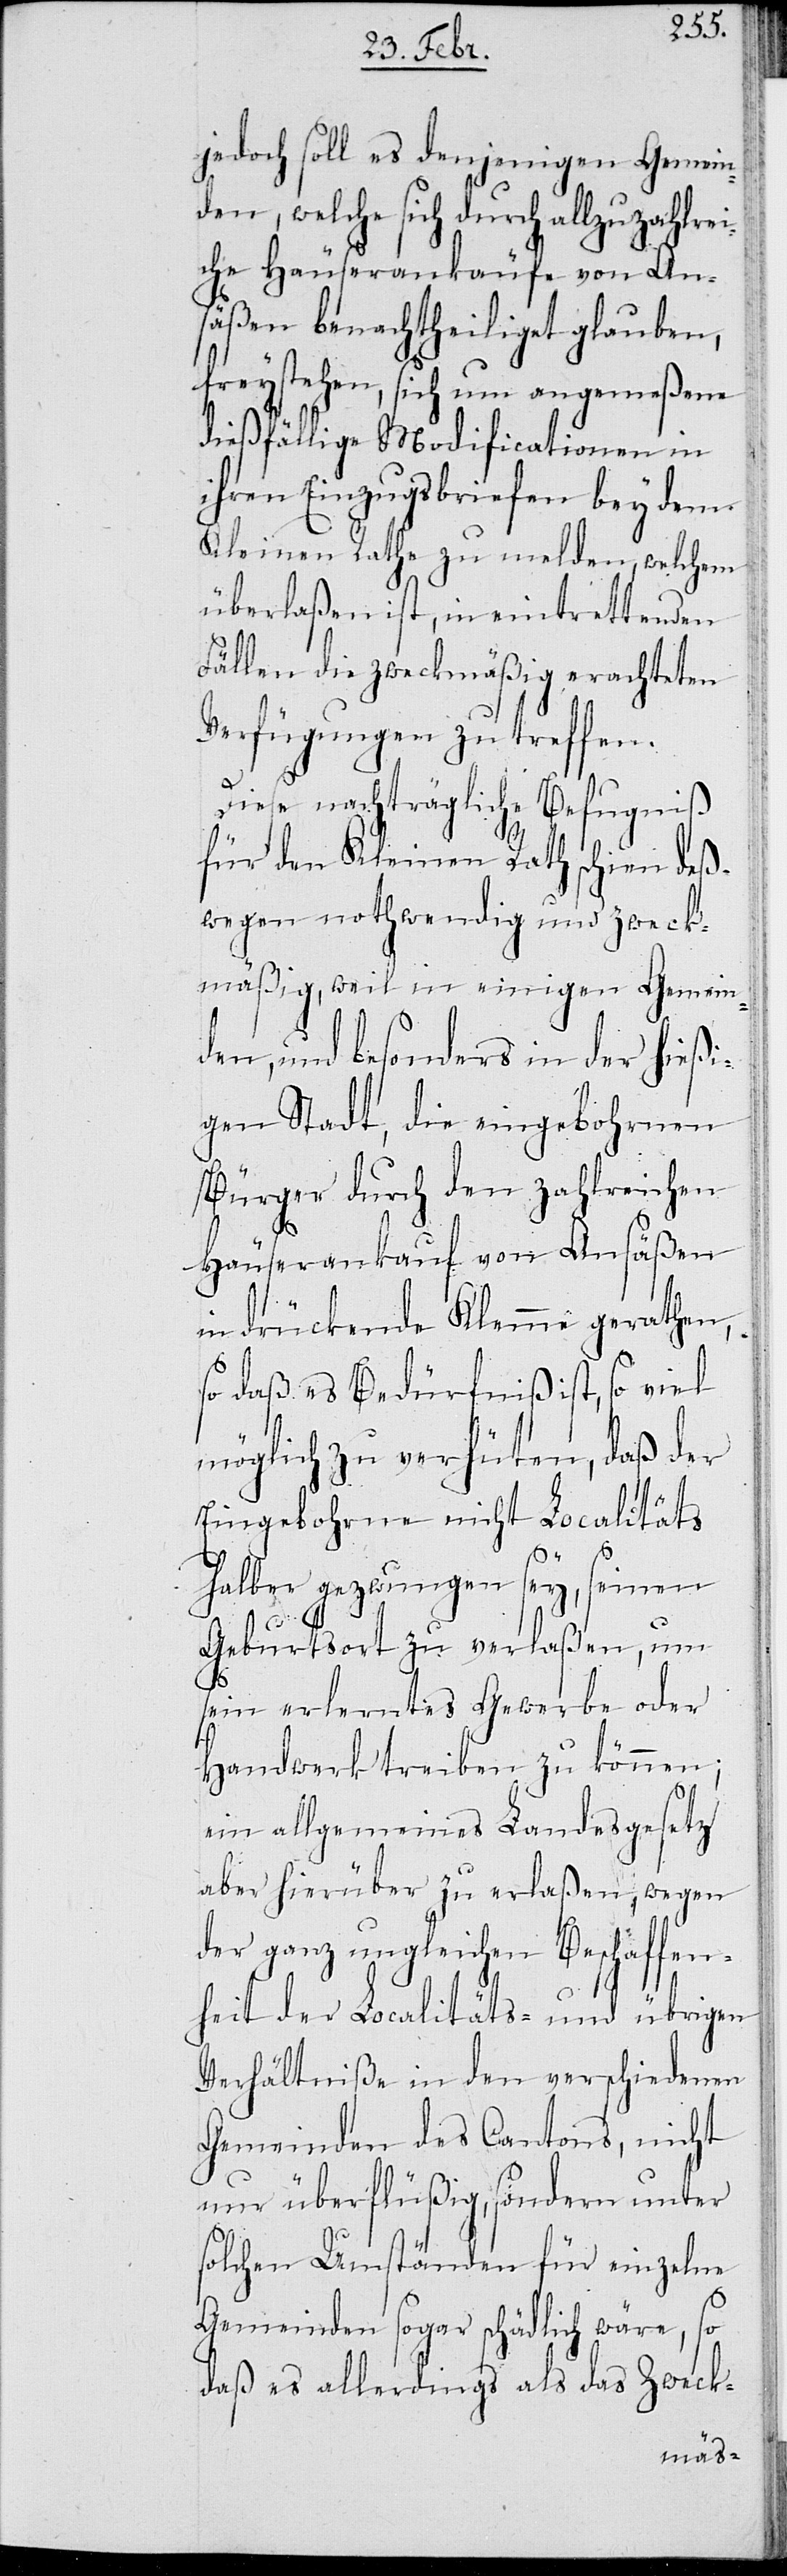
jedoch soll es denjenigen Gemein¬
den, welche sich durch allzuzahlre¬
iche Häuserankäufe von An¬
säßen benachtheiliget glauben,
freystehen, sich um angemeßene
dießfällige Modificationen in
ihren Einzugsbriefen bey dem
Kleinen Rathe zu melden, welchem
überlaßen ist, in eintrettenden
Fällen die zweckmäßig erachteten
Verfügungen zu treffen.
Diese nachträgliche Befugnis
für den Kleinen Rath schien deß¬
wegen nothwendig und zweck¬
mäßig, weil in einigen Gemein¬
den, und besonders in der hießi¬
gen Stadt, die eingebohrnen
Bürger durch den zahlreichen
Häuserankauf von Ansäßen
in drückende Klemme gerathen,
so daß es Bedürfniß ist, so viel
möglich zu verhüten, daß der
Eingebohrne nicht Localitäts
halber gezwungen sey, seinen
Geburtsort zu verlaßen, um
sein erlerntes Gewerbe oder
Handwerk treiben zu können;
ein allgemeines Landesgesetz
aber hierüber zu erlaßen, wegen
der ganz ungleichen Beschaffen¬
heit der Localitäts- und übrigen
Verhältniße in den verschiedenen
Gemeinden des Cantons, nicht
nur überflüßig, sondern unter
solchen Umständen für einzelne
Gemeinden sogar schädlich wäre, so
daß es allerdings als das Zweck-